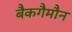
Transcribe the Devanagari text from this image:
बैकगैमौन